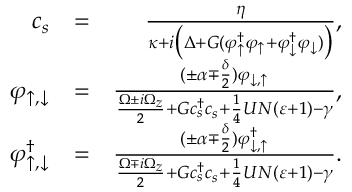
\begin{array} { r l r } { c _ { s } } & { = } & { \frac { \eta } { \kappa + i \big ( \Delta + G ( \varphi _ { \uparrow } ^ { \dag } \varphi _ { \uparrow } + \varphi _ { \downarrow } ^ { \dag } \varphi _ { \downarrow } ) \big ) } , } \\ { \varphi _ { \uparrow , \downarrow } } & { = } & { \frac { ( \pm \alpha \mp \frac { \delta } { 2 } ) \varphi _ { \downarrow , \uparrow } } { \frac { \Omega \pm i \Omega _ { z } } { 2 } + G c _ { s } ^ { \dag } c _ { s } + \frac { 1 } { 4 } U N ( \varepsilon + 1 ) - \gamma } , } \\ { \varphi _ { \uparrow , \downarrow } ^ { \dag } } & { = } & { \frac { ( \pm \alpha \mp \frac { \delta } { 2 } ) \varphi _ { \downarrow , \uparrow } ^ { \dag } } { \frac { \Omega \mp i \Omega _ { z } } { 2 } + G c _ { s } ^ { \dag } c _ { s } + \frac { 1 } { 4 } U N ( \varepsilon + 1 ) - \gamma } . } \end{array}